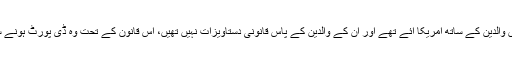
یہ قانون ان لوگوں کے بارے میں تھا جو اپنے بچپن میں والدین کے ساتھ امریکا آئے تھے اور ان کے والدین کے پاس قانونی دستاویزات نہیں تھیں، اس قانون کے تحت وہ ڈی پورٹ ہونے سے بچتے رہے اور کام کرنے کا اجازت نامہ ملتا رہا۔